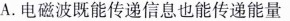
A.电磁波既能传递信息也能传递能量